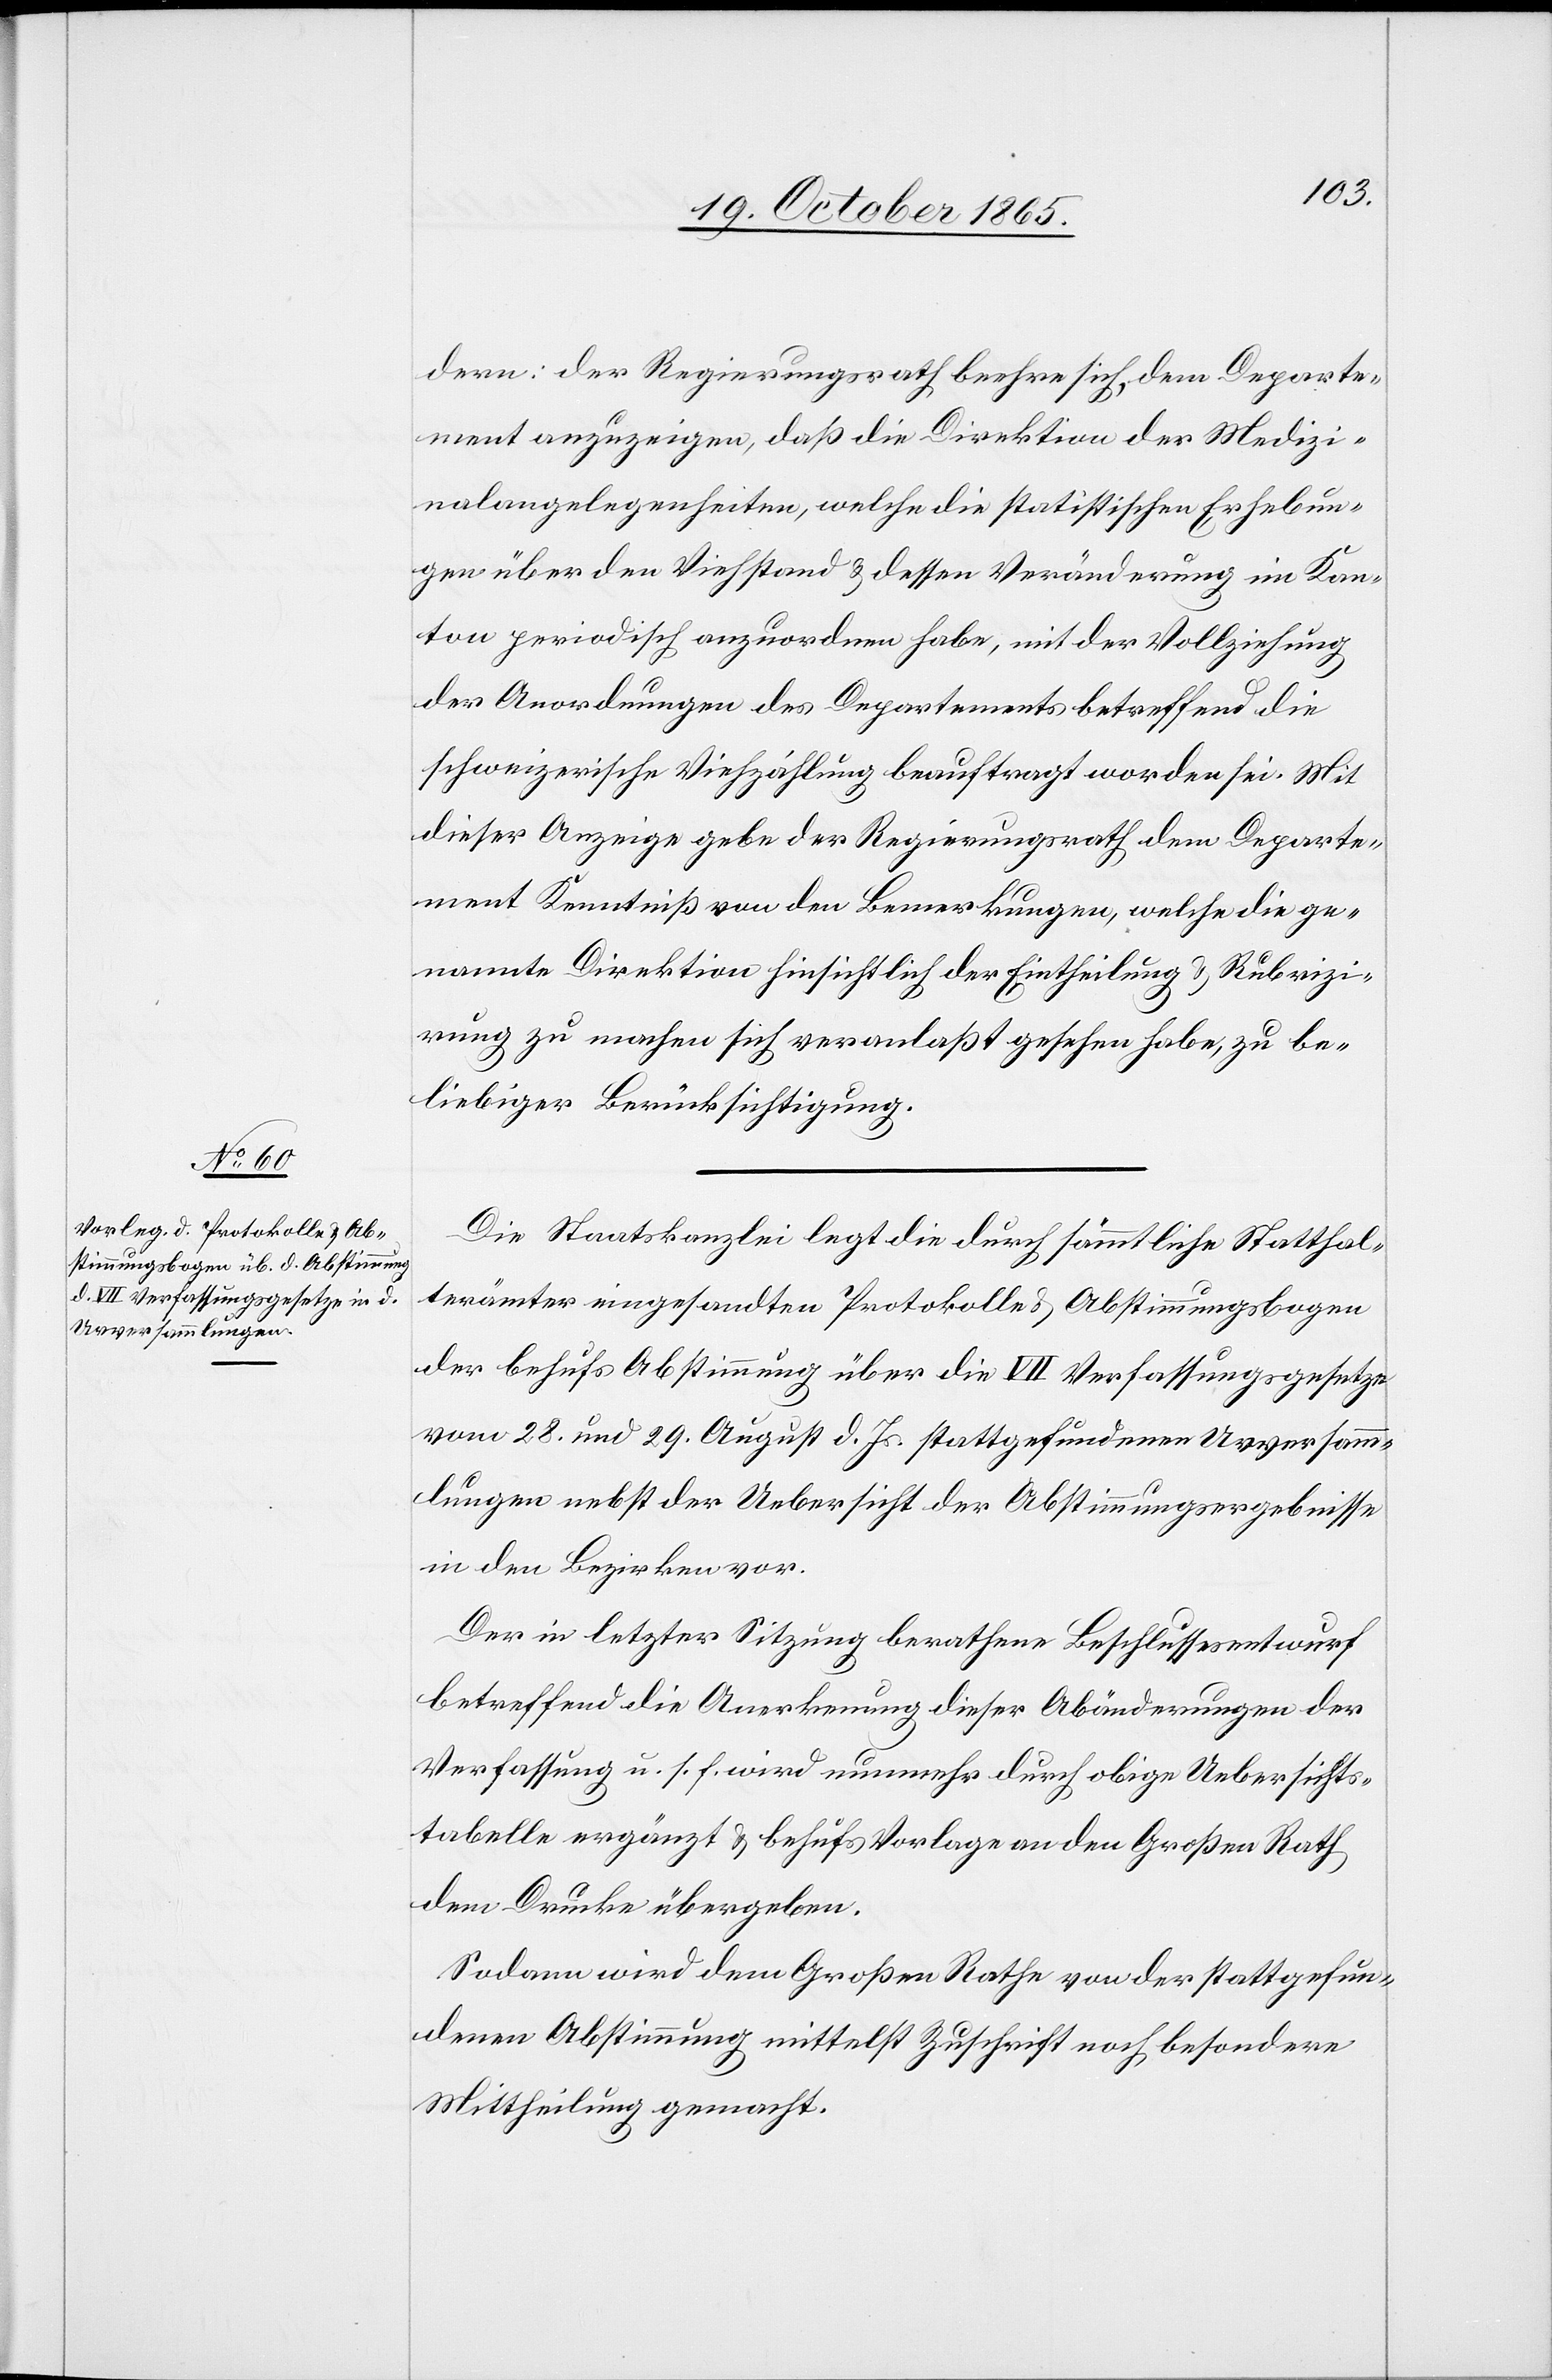
dern: der Regierungsrath beehre sich, dem Departe¬
ment anzuzeigen, daß die Direktion der Medizi¬
nalangelegenheiten, welche die statistischen Erhebun¬
gen über den Viehstand & dessen Veränderung im Kan¬
ton periodisch anzuordnen habe, mit der Vollziehung
der Anordnungen des Departements betreffend die
schweizerische Viehzählung beauftragt worden sei. Mit
dieser Anzeige gebe der Regierungsrath dem Departe¬
ment Kenntniß von den Bemerkungen, welche die ge¬
nannte Direktion hinsichtlich der Eintheilung & Rubrizi¬
rung zu machen sich veranlaßt gesehen habe, zu be¬
liebiger Berücksichtigung.
Die Staatskanzlei legt die durch sämmtliche Statthal¬
terämter eingesandten Protokolle & Abstimmungsbogen
der behufs Abstimmung über die VII Verfassungsgesetze
vom 28. und 29. August d. Js. stattgefundenen Urversamm¬
lungen nebst der Uebersicht der Abstimmungsergebnisse
in den Bezirken vor.
Der in letzter Sitzung berathene Beschlussesentwurf
betreffend die Anerkennung dieser Abänderungen der
Verfassung u. s. f. wird nunmehr durch obige Uebersichts¬
tabelle ergänzt & behufs Vorlage an den Großen Rath
dem Drucke übergeben.
Sodann wird dem Großen Rathe von der stattgefun¬
denen Abstimmung mittelst Zuschrift noch besondere
Mittheilung gemacht.